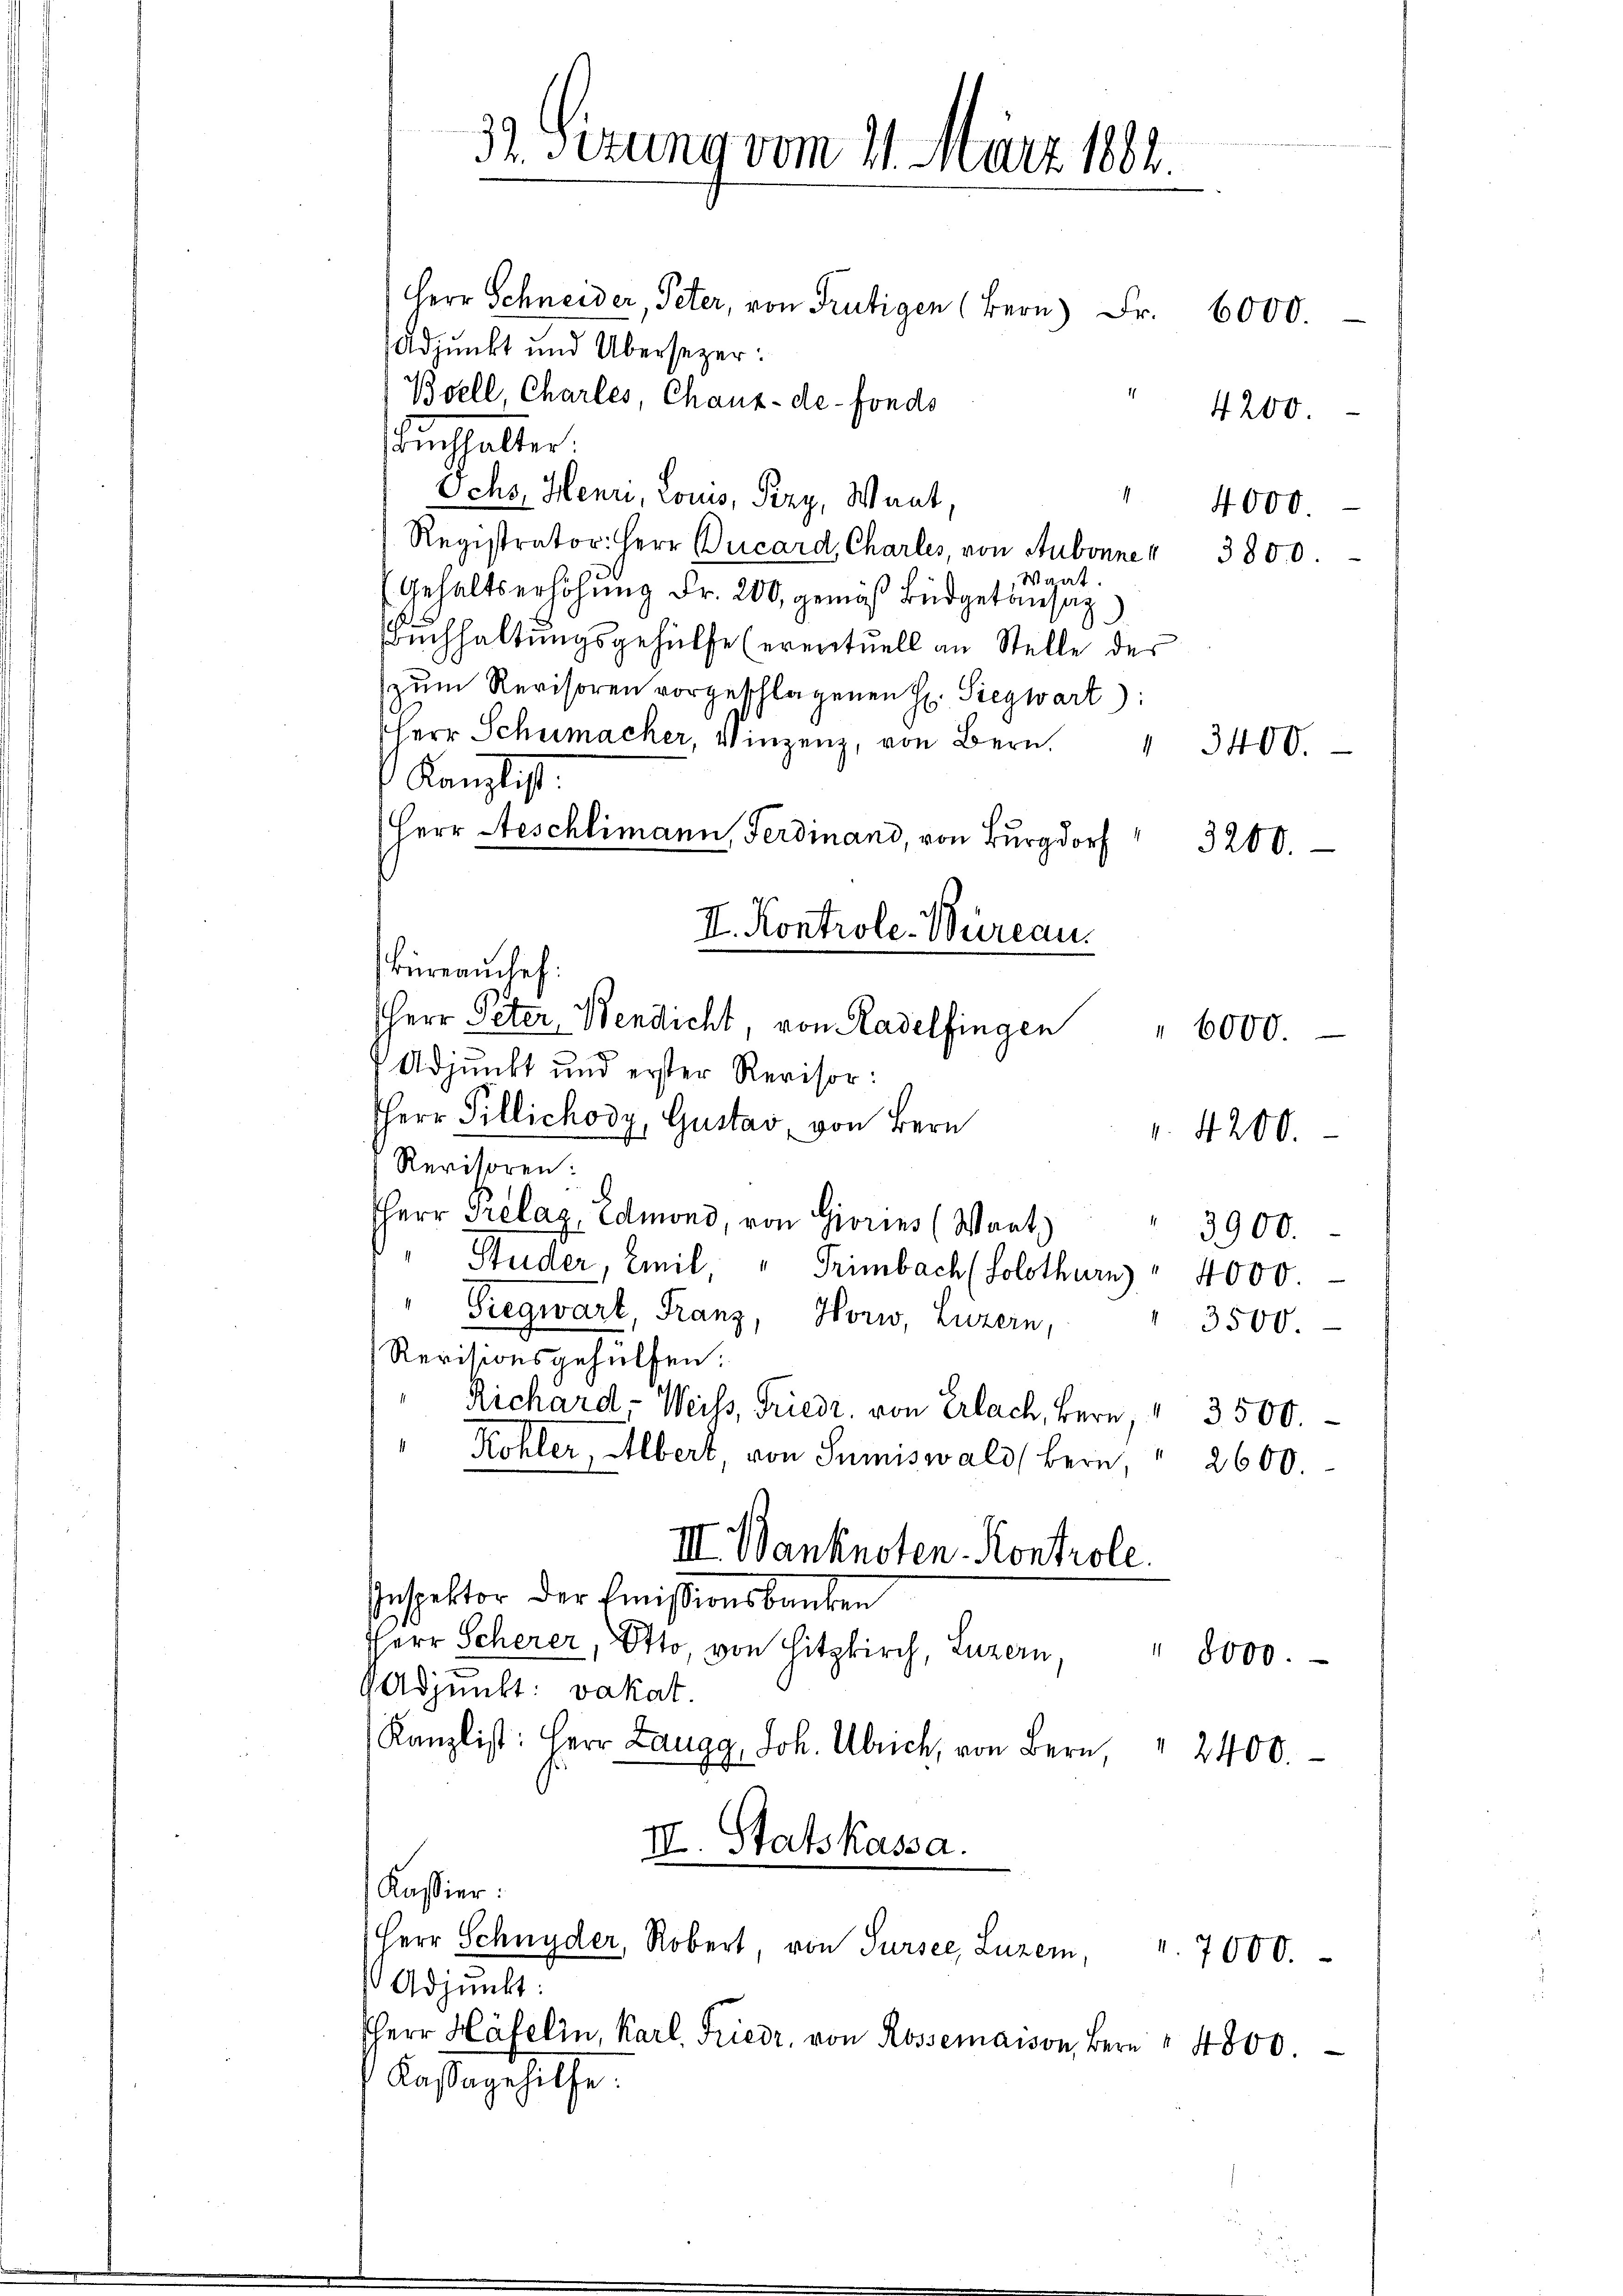
32. Sizung vom 21. März 1882.

Herr Schneider, Peter, von Frutigen (Bern Fr. 6000.
Adjunkt und Übersezer:
Boell, Charles, Chaux-de-Fonds
Dinhalter
Ichs, Henn, Louis, Piry, Want,
" 4000.
Registrator: Herr Bucard, Charles, von Aubonne " 3800.
Waat.
Gehaltserhöhung Fr. 200, gemäß Büdgetansag
Buchhaltungsgehülfe (eventuell an Stelle des
zŭm Revisoren vorgeschlagenen H. Siegwart):
HHerr Schumacher, Vinzenz, von Bern. " 3400.
Kanzlist
Herr Aeschlimann, Ferdinand, von Burgdor
3200.
II. Kontrole. Büreau.
Büreauche:
HHerr Peter Bendicht, von Radelfingen " 6000.
Adjunkt und erster Revisor:
Herr Pillichody, Gustav, von Bern
4200.
Revisoren:
HHerr Prelaz, Edmond, von Giorins (Want)
3900.
" Studer, Emil " Trimbach (Solothurn " 4000.
Siegwart, Franz, Horw, Luzern,
 3500.
Revisionsgehülfen.
Richard- Weiss, Friedr. von Erlach, Bern, " 3500.
Kohler, Albert von Sumiswald (Bern, " 2600
III. Banknoten Kontrole.
Inspektor der Emissionsbanken
Herr Scherer, Otto, von Hitzkirch, Luzern, " 8000.
Adjunkt: vakat.
Kanzlist: Herr Langg, Joh. Ulrich, von Bern " 2400.
III. Statskassa.
Kassier:
Herr Schnyder, Robert, von Sursee, Luzern, " 7000.
Adjunkt:
HHerr Häfelin, Karl Friedr. von Rossemaison, Bern" 4800.
Kassagehilfe.

4200.